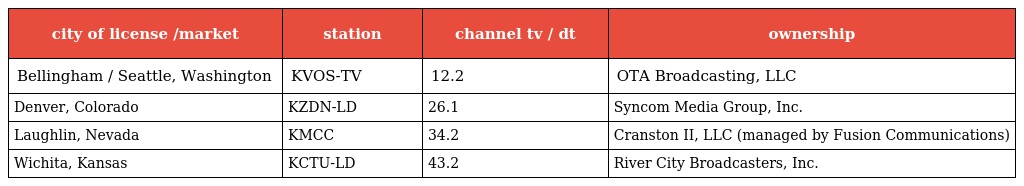
| city of license /market | station | channel tv / dt | ownership |
 | --- | --- | --- | --- |
 | Bellingham / Seattle, Washington | KVOS-TV | 12.2 | OTA Broadcasting, LLC |
 | Denver, Colorado | KZDN-LD | 26.1 | Syncom Media Group, Inc. |
 | Laughlin, Nevada | KMCC | 34.2 | Cranston II, LLC (managed by Fusion Communications) |
 | Wichita, Kansas | KCTU-LD | 43.2 | River City Broadcasters, Inc. |